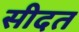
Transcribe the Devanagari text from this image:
सीदत